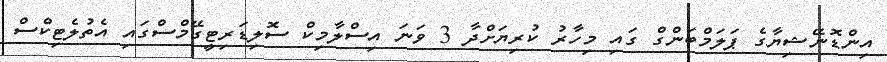
އިންޑޮނޭޝިޔާގެ ޕަލަމްބަންގް ގައި މިހާރު ކުރިޔަށްދާ 3 ވަނަ އިސްލާމިކް ސޮލިޑަރިޓީގޭމްސްގައި އެތުލެޓިކްސް